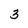
Character: 3